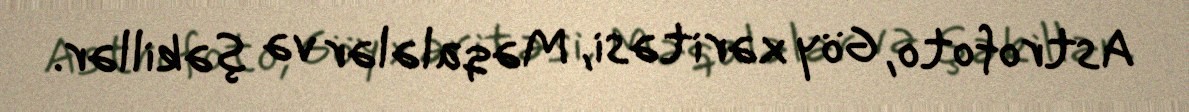
Astrofoto, Göy xəritəsi, Məqalələr və şəkillər.